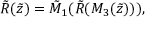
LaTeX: { \tilde { R } } ( { \tilde { z } } ) = { \tilde { M } } _ { 1 } ( { \tilde { R } } ( M _ { 3 } ( { \tilde { z } } ) ) ) ,